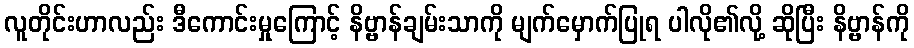
လူတိုင်းဟာလည်း ဒီကောင်းမှုကြောင့် နိဗ္ဗာန်ချမ်းသာကို မျက်မှောက်ပြုရ ပါလို၏လို့ ဆိုပြီး နိဗ္ဗာန်ကို